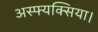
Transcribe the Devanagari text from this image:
अस्फ्यक्सिया।